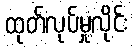
ထုတ်လုပ်မှုလိုင်း